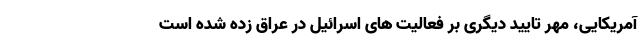
آمریکایی، مهر تایید دیگری بر فعالیت های اسرائیل در عراق زده شده است